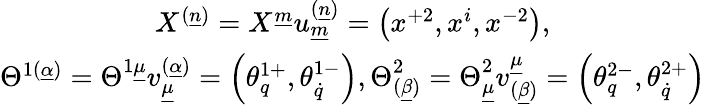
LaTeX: \begin{array}{c}{{X^{(\underline{{n}})}=X^{\underline{{m}}}u_{\underline{{m}}}^{(\underline{{n}})}=\left(x^{+2},x^{i},x^{-2}\right),}}\\ {{\Theta^{1(\underline{{\alpha}})}=\Theta^{1\underline{{\mu}}}v_{\underline{{\mu}}}^{(\underline{{\alpha}})}=\left(\theta_{q}^{1+},\theta_{\dot{q}}^{1-}\right),\Theta_{(\underline{{\beta}})}^{2}=\Theta_{\underline{{\mu}}}^{2}v_{(\underline{{\beta}})}^{\underline{{\mu}}}=\left(\theta_{q}^{2-},\theta_{\dot{q}}^{2+}\right)}}\end{array}